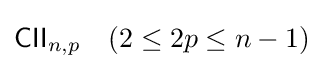
{\mathsf {CII}}_{n,p}\quad (2\leq 2p\leq n-1)